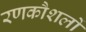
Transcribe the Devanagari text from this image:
रणकौशलों